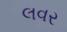
લવર